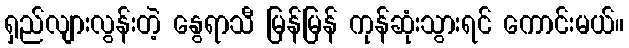
ရှည်လျားလွန်းတဲ့ နွေရာသီ မြန်မြန် ကုန်ဆုံးသွားရင် ကောင်းမယ်။